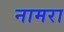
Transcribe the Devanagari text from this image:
नामरा